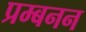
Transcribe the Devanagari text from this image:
प्रम्बनन